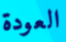
العودة